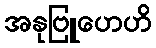
အနုဗြူဟေဟိ